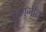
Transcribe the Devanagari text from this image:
कणगीत